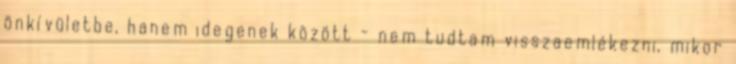
önkívületbe, hanem idegenek között - nem tudtam visszaemlékezni, mikor